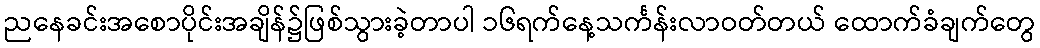
ညနေခင်းအစောပိုင်းအချိန်၌ဖြစ်သွားခဲ့တာပါ ၁၆ရက်နေ့သင်္ကန်းလာဝတ်တယ် ထောက်ခံချက်တွေ